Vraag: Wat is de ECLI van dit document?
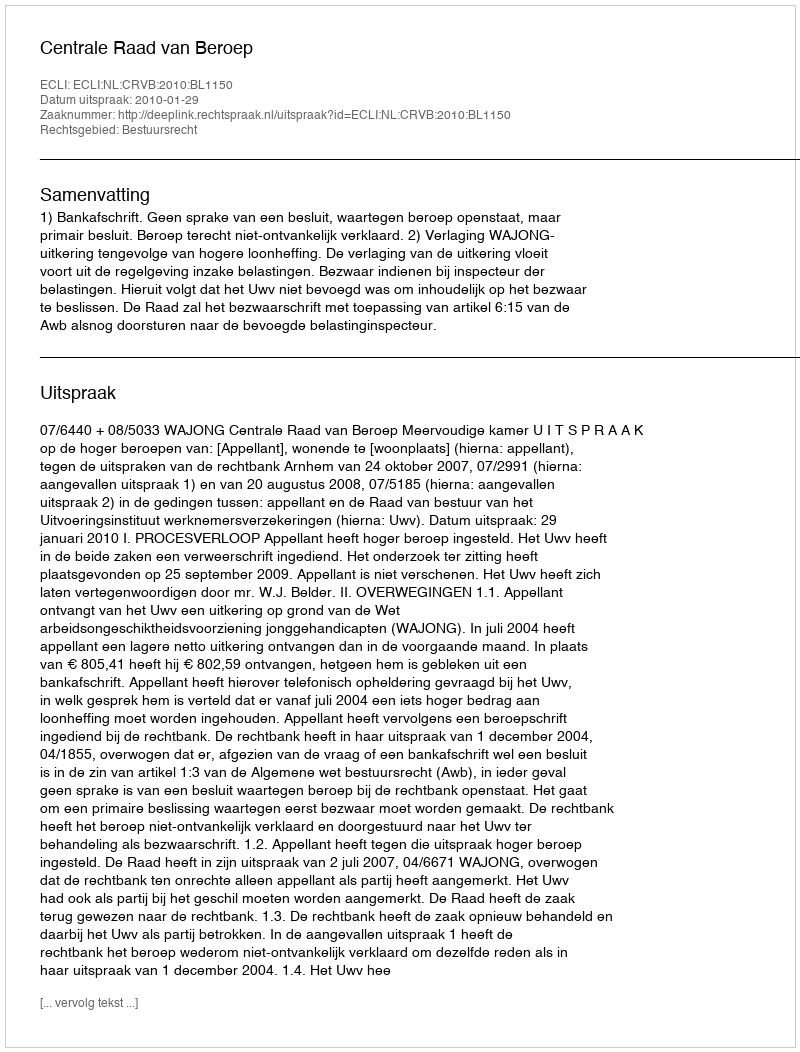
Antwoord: ECLI:NL:CRVB:2010:BL1150